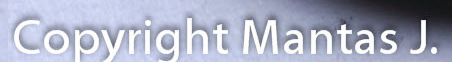
Copyright Mantas J.